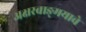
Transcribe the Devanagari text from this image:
अक्षरवाङ्‌मयाचे